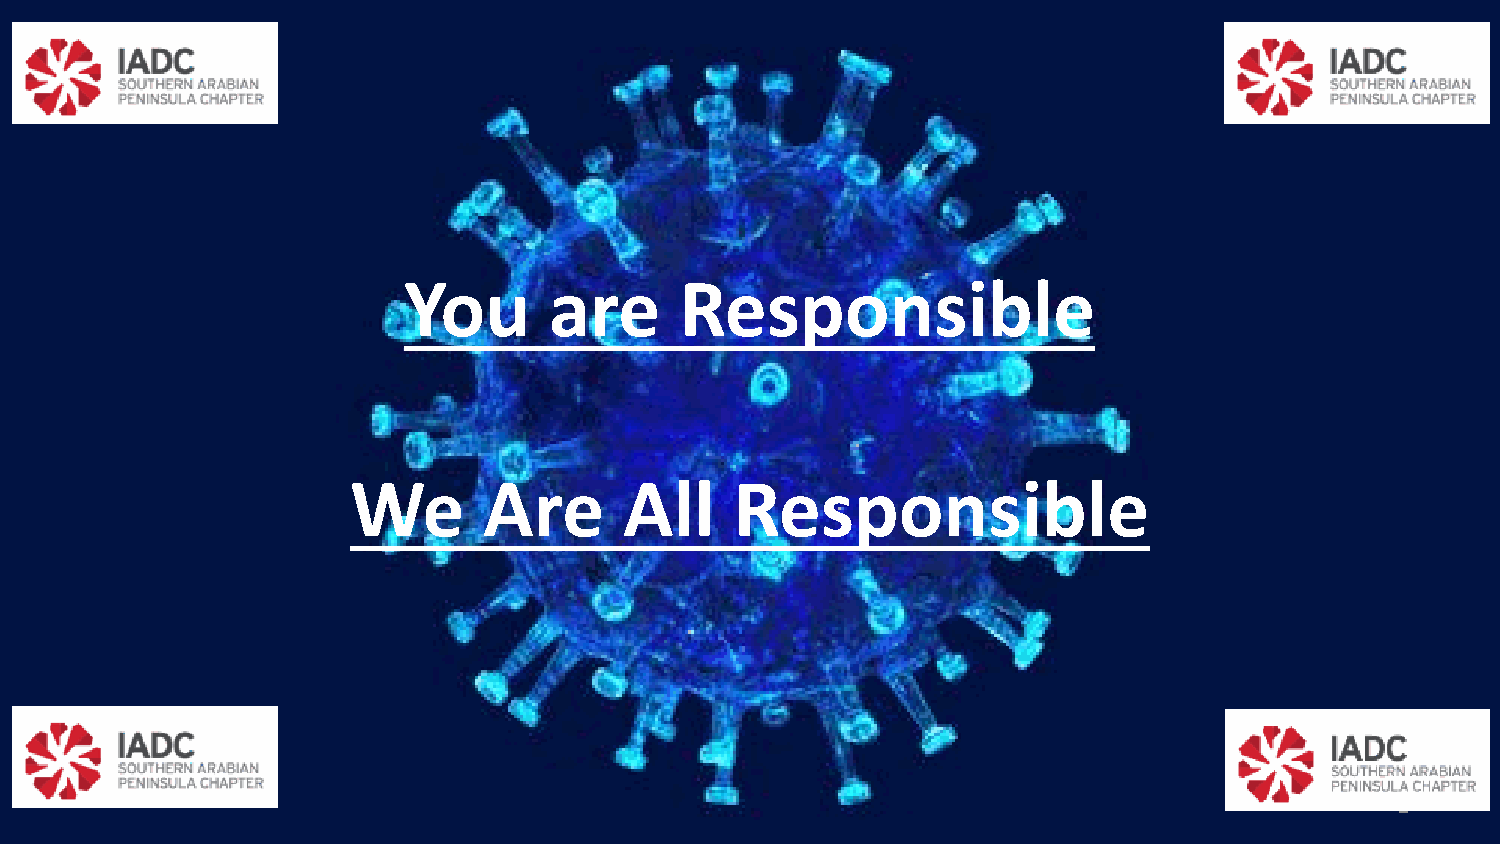
You      are      Responsible
 We       Are      All     Responsible
 1